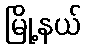
မြို့နယ်